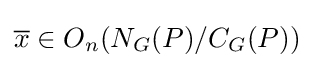
{\overline {x}}\in O_{n}(N_{G}(P)/C_{G}(P))